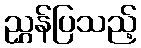
ညွှန်ပြသည့်